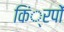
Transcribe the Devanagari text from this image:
किं्रपों